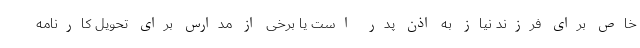
خاص برای فرزند نیاز به اذن پدر است یا برخی از مدارس برای تحویل کارنامه